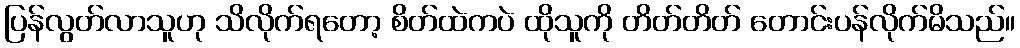
ပြန်လွတ်လာသူဟု သိလိုက်ရတော့ စိတ်ထဲကပဲ ထိုသူကို တိတ်တိတ် တောင်းပန်လိုက်မိသည်။